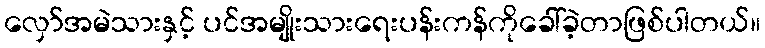
လှော်အမဲသားနှင့် ပင်အမျိုးသားရေးပန်းကန်ကိုခေါ်ခဲ့တာဖြစ်ပါတယ်။